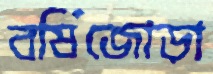
বর্ষিজোড়া